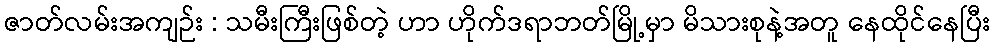
ဇာတ်လမ်းအကျဉ်း : သမီးကြီးဖြစ်တဲ့ ဟာ ဟိုက်ဒရာဘတ်မြို့မှာ မိသားစုနဲ့အတူ နေထိုင်နေပြီး